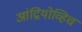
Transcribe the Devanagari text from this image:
आंद्रियोव्हिच